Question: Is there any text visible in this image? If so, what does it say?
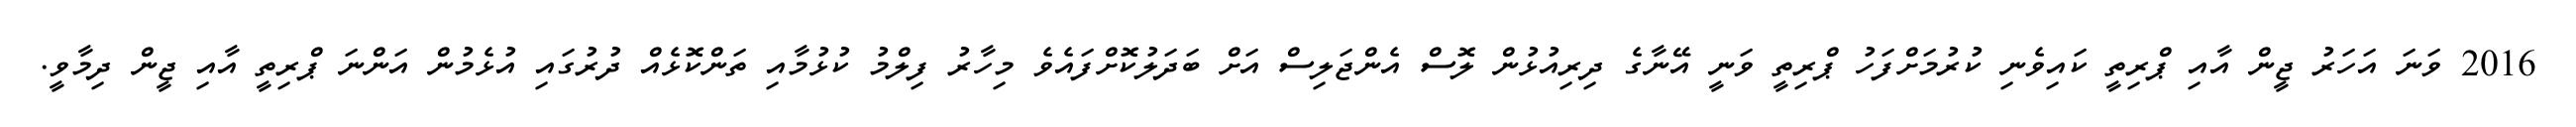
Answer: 2016 ވަނަ އަހަރު ޖީން އާއި ޕްރިތީ ކައިވެނި ކުރުމަށްފަހު ޕްރިތީ ވަނީ އޭނާގެ ދިރިއުޅުން ލޮސް އެންޖަލިސް އަށް ބަދަލުކޮށްފައެވެ މިހާރު ފިލްމު ކުޅުމާއި ތަންކޮޅެއް ދުރުގައި އުޅެމުން އަންނަ ޕްރިތީ އާއި ޖީން ދިމާވީ.